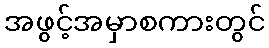
အဖွင့်အမှာစကားတွင်